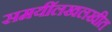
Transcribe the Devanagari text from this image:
समयींलखलखीत